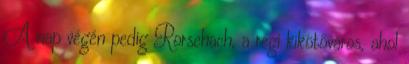
A nap végén pedig Rorschach, a régi kikötőváros, ahol